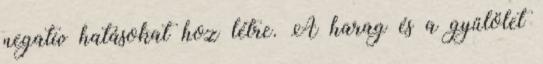
negatív hatásokat hoz létre. A harag és a gyűlölet